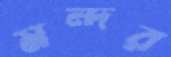
মন্দর